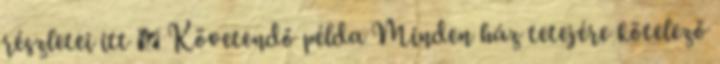
részletei itt → Követendő példa Minden ház tetejére kötelező